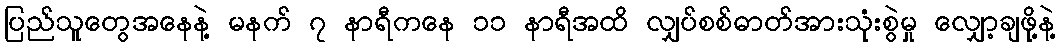
ပြည်သူတွေအနေနဲ့ မနက် ၇ နာရီကနေ ၁၁ နာရီအထိ လျှပ်စစ်ဓာတ်အားသုံးစွဲမှု လျှော့ချဖို့နဲ့